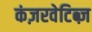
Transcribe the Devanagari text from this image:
कंज़रवेटिब्ज़